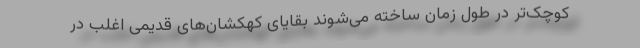
کوچک‌تر در طول زمان ساخته می‌شوند بقایای کهکشان‌های قدیمی اغلب در